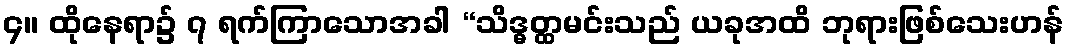
၄။ ထိုနေရာ၌ ၇ ရက်ကြာသောအခါ “သိဒ္ဓတ္ထမင်းသည် ယခုအထိ ဘုရားဖြစ်သေးဟန်